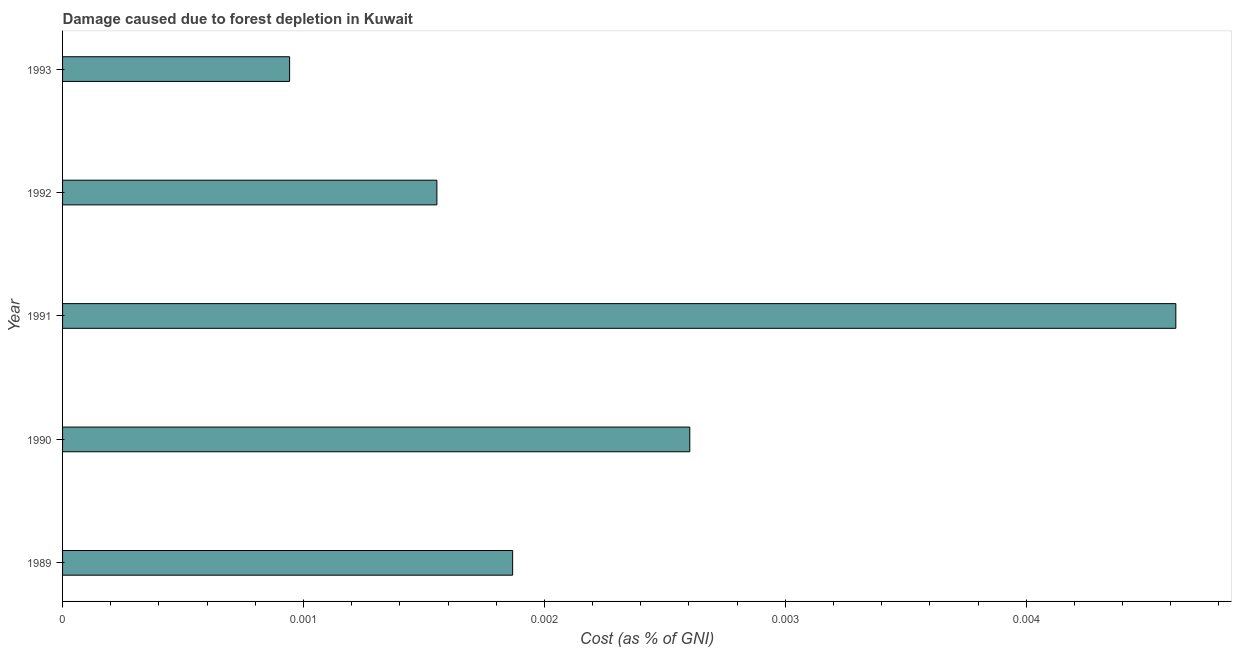
| Year | net forest depletion |
 | --- | --- |
 | 1989 | 0.00187 |
 | 1990 | 0.0026 |
 | 1991 | 0.00462 |
 | 1992 | 0.00155 |
 | 1993 | 0.000942 |